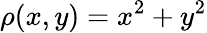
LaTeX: \rho(x,y)=x^{2}+y^{2}